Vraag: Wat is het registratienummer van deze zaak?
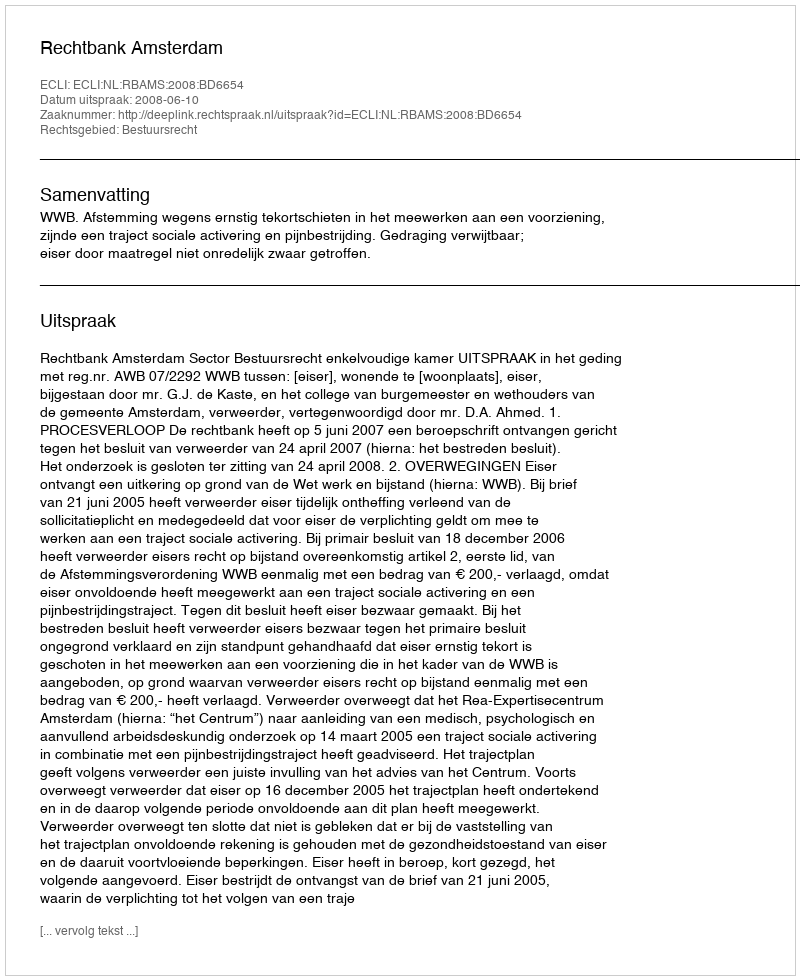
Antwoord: http://deeplink.rechtspraak.nl/uitspraak?id=ECLI:NL:RBAMS:2008:BD6654